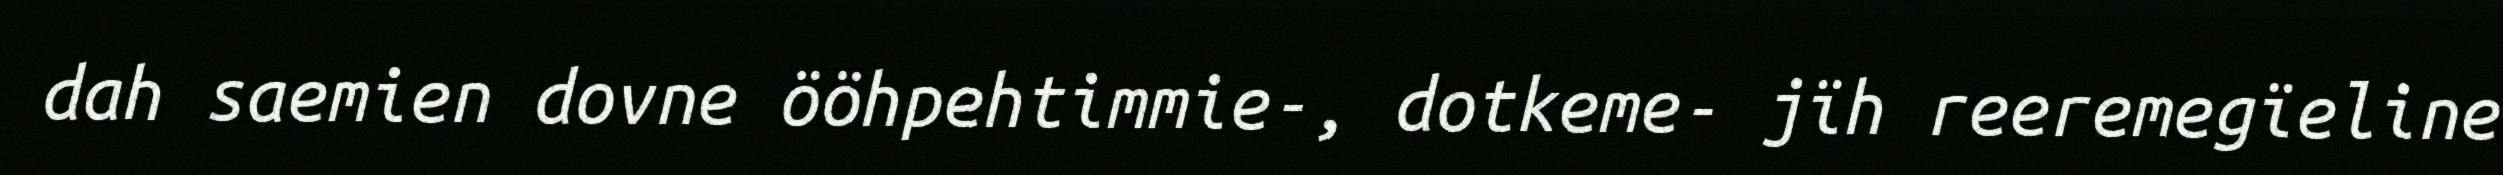
dah saemien dovne ööhpehtimmie-, dotkeme- jïh reeremegïeline